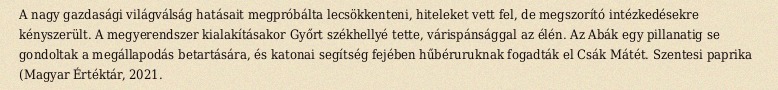
A nagy gazdasági világválság hatásait megpróbálta lecsökkenteni, hiteleket vett fel, de megszorító intézkedésekre kényszerült. A megyerendszer kialakításakor Győrt székhellyé tette, várispánsággal az élén. Az Abák egy pillanatig se gondoltak a megállapodás betartására, és katonai segítség fejében hűbéruruknak fogadták el Csák Mátét. Szentesi paprika (Magyar Értéktár, 2021.